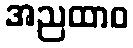
အညထာဝ